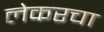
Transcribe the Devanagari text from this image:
लेकरचा